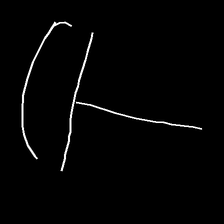
Glyph: dispersion